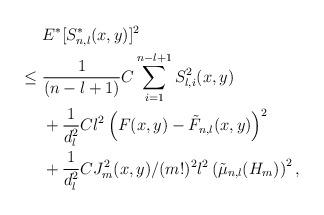
LaTeX: \begin{align*} & \ E^{\ast} [ S_{n,l}^{\ast} (x,y) ]^2 \\ \leq & \ \frac 1 {(n-l+1)} C \sum_{i=1}^{n-l+1} S_{l,i}^2(x,y) \\& \ + \frac 1 {d_l^{2}} C l^2 \left ( F(x,y) - \tilde F_{n,l}(x,y) \right )^2 \\ & \ + \frac 1 {d_l^{2}} C J_m^2(x,y)/(m!)^2 l^2 \left ( \tilde \mu_{n,l}(H_m)\right )^2,\end{align*}